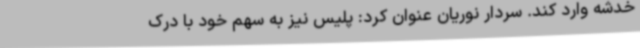
خدشه وارد کند. سردار نوریان عنوان کرد: پلیس نیز به سهم خود با درک